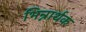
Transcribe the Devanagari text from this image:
भिन्नार्थक